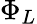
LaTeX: \Phi_{L}